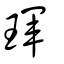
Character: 琿